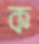
ক